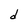
Character: d